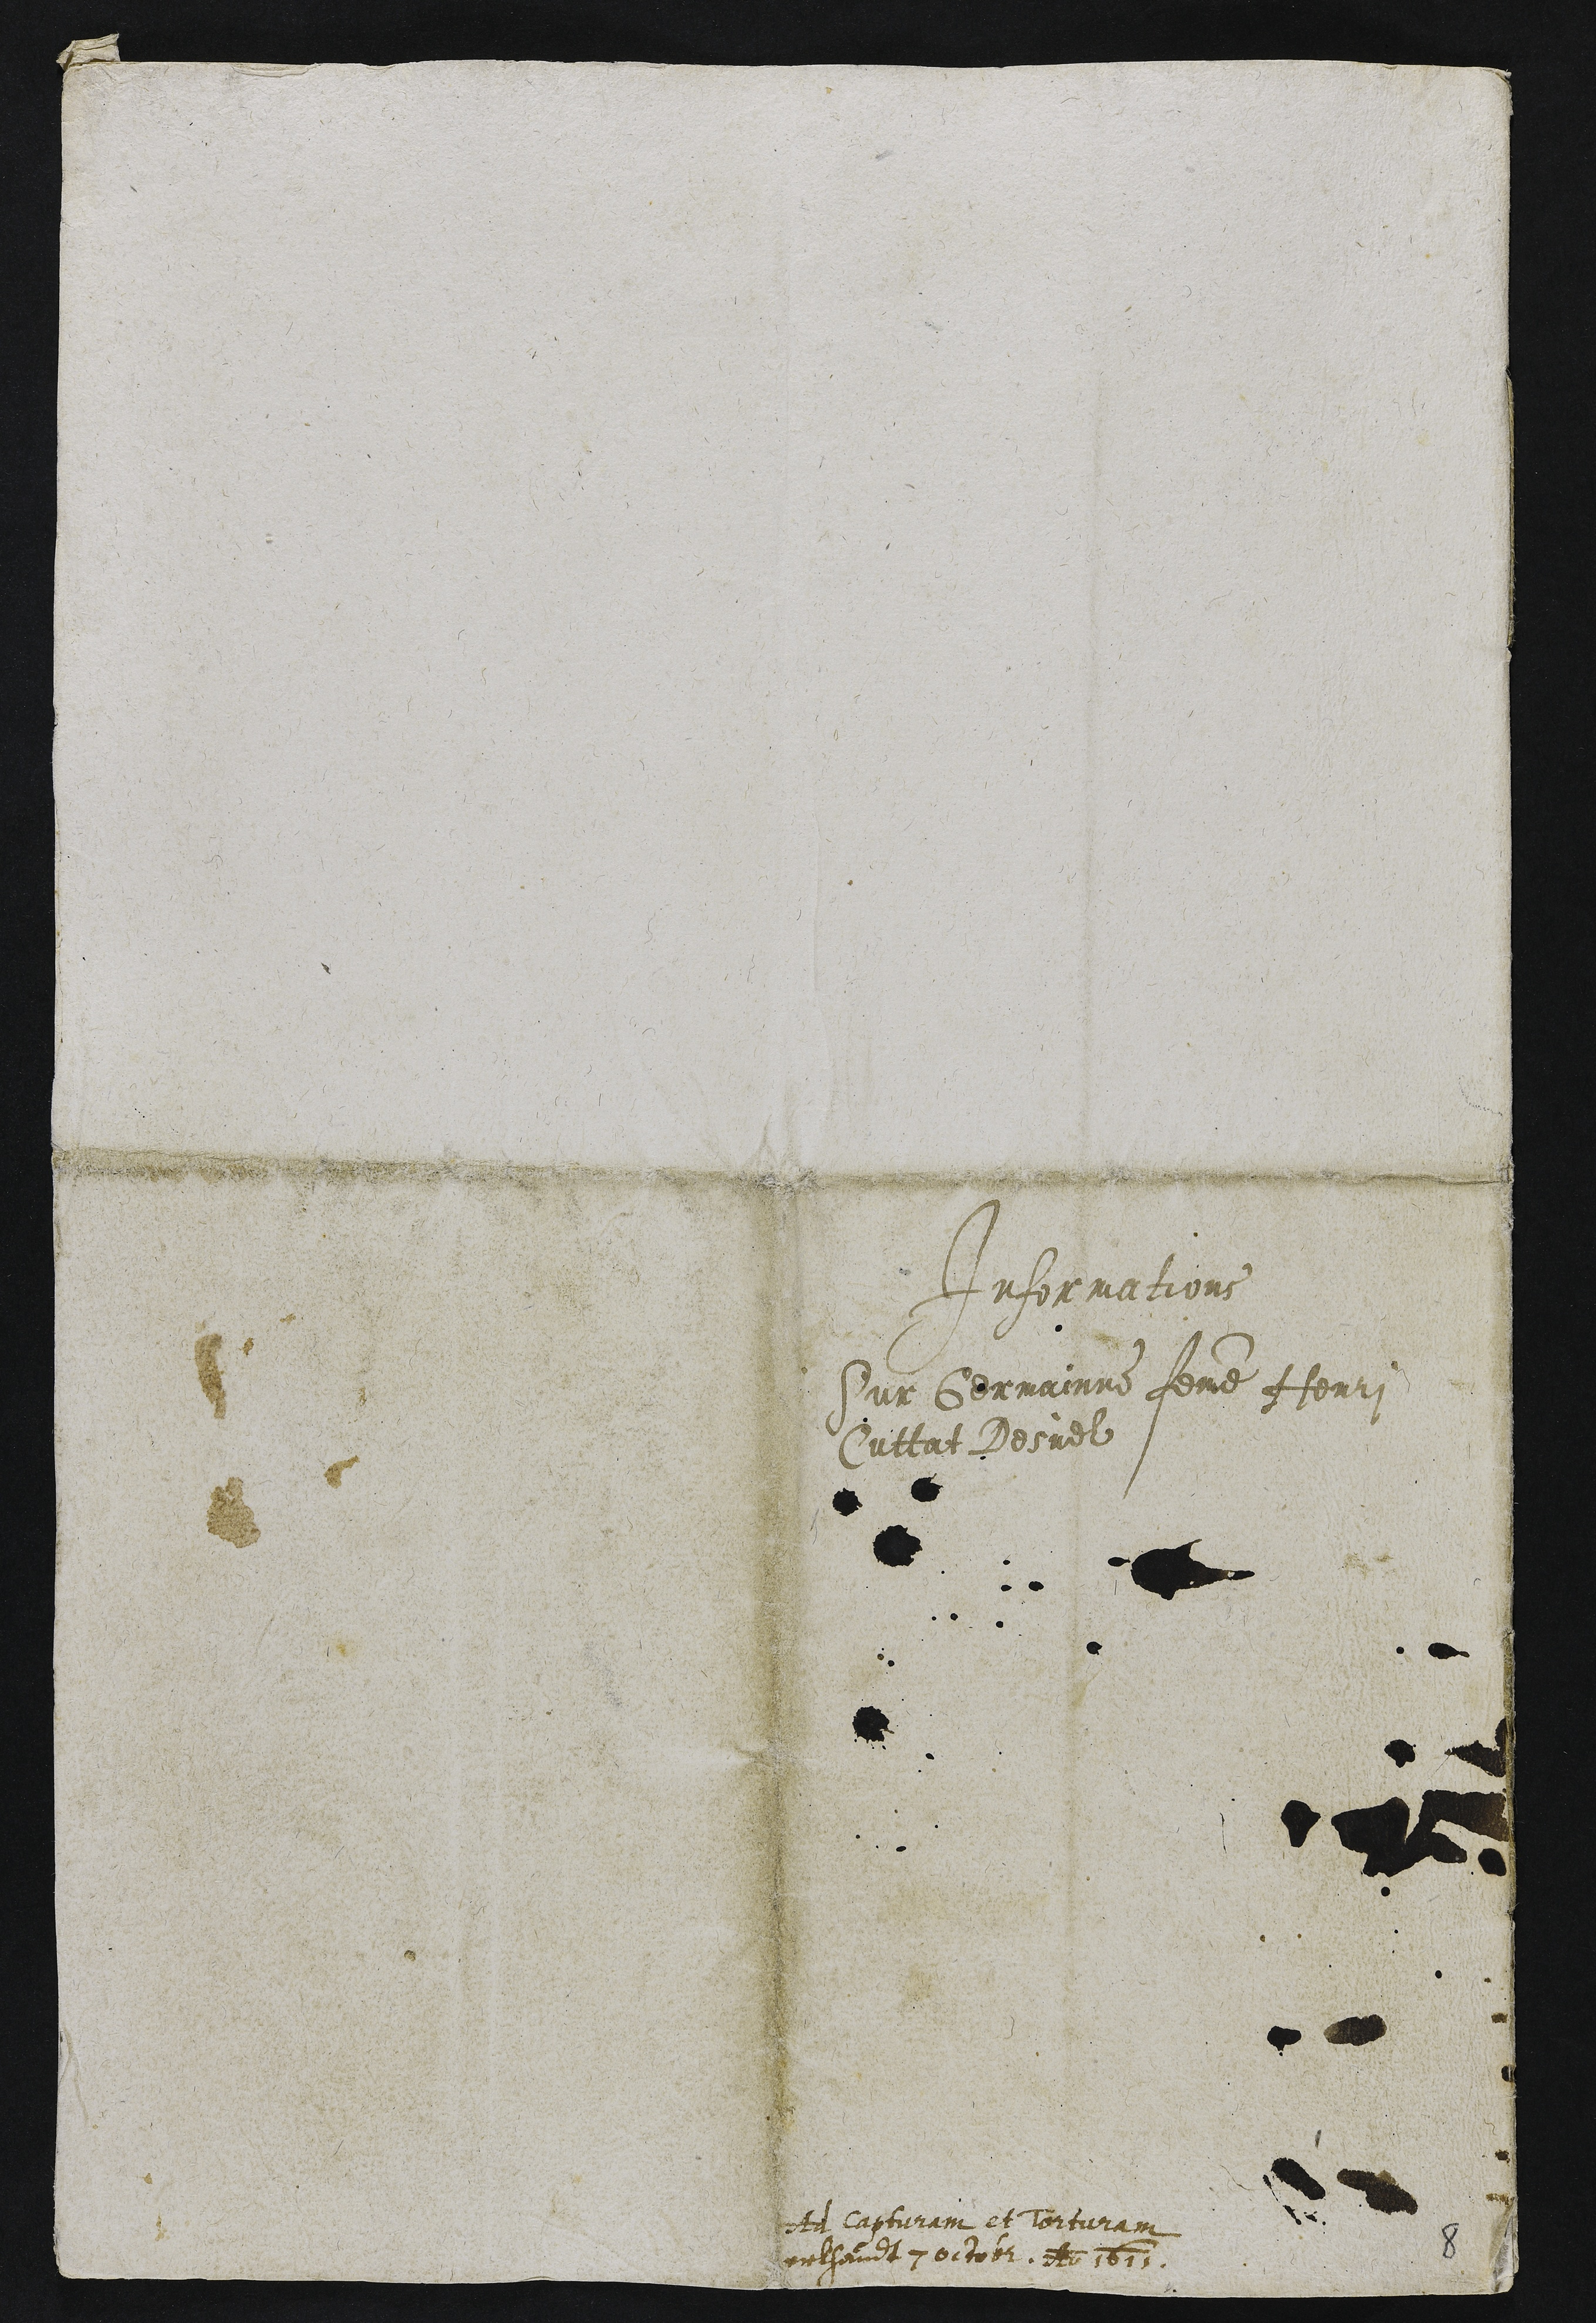
Informations
Sur Germainne femme Henri
Cuttat Desuel

t lapturam et Torturam
velhandt 7 octobr. An 1613.

8